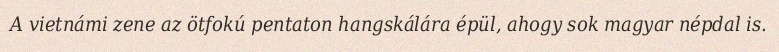
A vietnámi zene az ötfokú pentaton hangskálára épül, ahogy sok magyar népdal is.